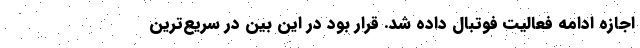
اجازه ادامه فعالیت فوتبال داده شد. قرار بود در این بین در سریع‌ترین